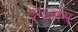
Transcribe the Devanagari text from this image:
इंगलास